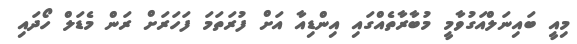
މިއީ ބައިނަލްއަގުވާމީ މުބާރާތެއްގައި އިންޑިއާ އަށް ފުރަތަމަ ފަހަރަށް ރަން މެޑަލް ހޯދައި